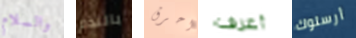
والسلام بالندم احرق أعرف أرسلوك